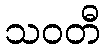
သဝတီ